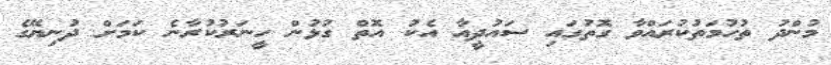
މުންދު ތުހުމަތުކުރައްވާ ގޮތުގައި ސައުދީއާ އެކު އޮތް ގުޅުން ހީނަރުކުރާނެ ކަމަށް ދުނިޔޭގެ